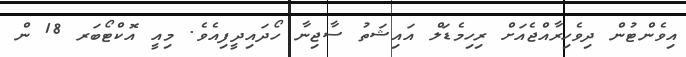
އިވެންޓުން ދިވެހިރާއްޖެއަށް ރިހިމެޑަލް އައިޝަތު ސާޖިނާ ހޯދައިދީފިއެވެ. މިއީ އޮކްޓޯބަރ 18 ން